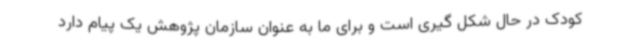
کودک در حال شکل گیری است و برای ما به عنوان سازمان پژوهش یک پیام دارد